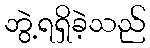
ဘွဲ့ရရှိခဲ့သည်